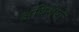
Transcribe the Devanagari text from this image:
अधिशेषों